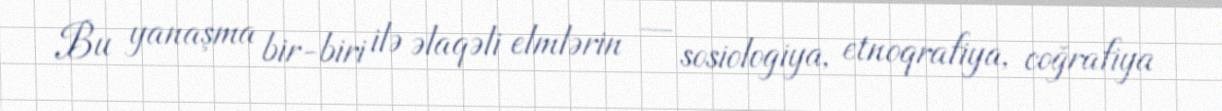
Bu yanaşma bir-biri ilə əlaqəli elmlərin — sosiologiya, etnoqrafiya, coğrafiya